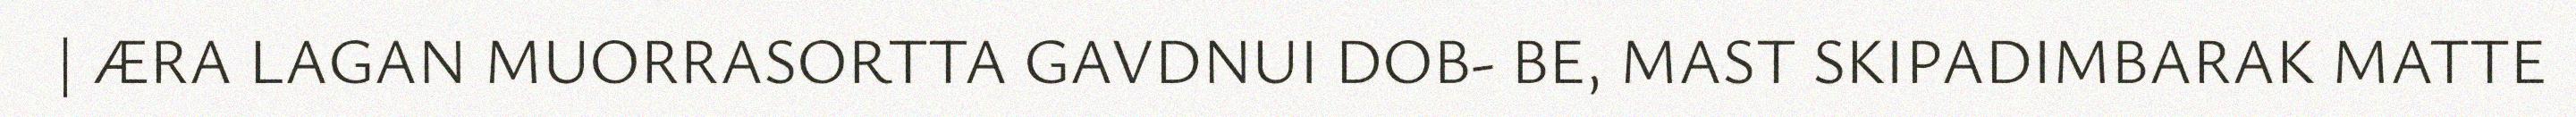
| ÆRA LAGAN MUORRASORTTA GAVDNUI DOB- BE, MAST SKIPADIMBARAK MATTE